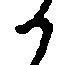
か